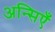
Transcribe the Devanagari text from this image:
अन्सिएँ